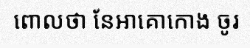
ពោលថា នែអាគោកោង ចូរ